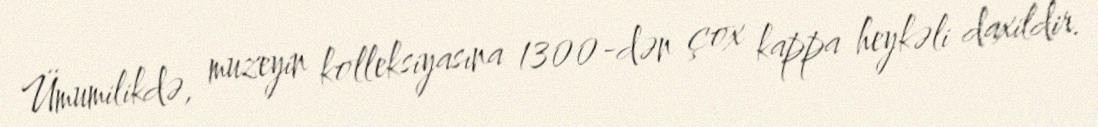
Ümumilikdə, muzeyin kolleksiyasına 1300-dən çox kappa heykəli daxildir.